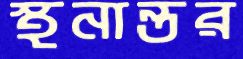
স্থনান্তর